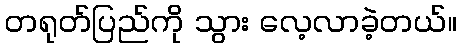
တရုတ်ပြည်ကို သွား လေ့လာခဲ့တယ်။